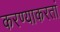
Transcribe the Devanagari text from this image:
करण्याकरतां